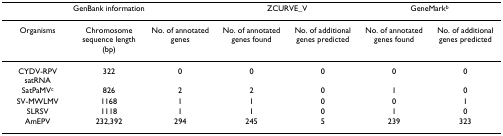
| <COLSPAN=3> GenBank information | <COLSPAN=2> ZCURVE_V | <COLSPAN=2> GeneMarkb |
 | --- | --- | --- | --- | --- | --- | --- |
 | Organisms | Chromosome sequence length (bp) | No. of annotated genes | No. of annotated genes found | No. of additional genes predicted | No. of annotated genes found | No. of additional genes predicted |
 | CYDV-RPV satRNA | 322 | 0 | 0 | 0 | 0 | 0 |
 | SatPaMVc | 826 | 2 | 2 | 0 | 1 | 0 |
 | SV-MWLMV | 1168 | 1 | 1 | 0 | 0 | 1 |
 | SLRSV | 1118 | 1 | 1 | 0 | 1 | 0 |
 | AmEPV | 232,392 | 294 | 245 | 5 | 239 | 323 |